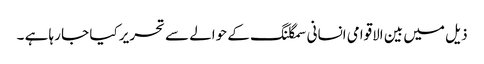
ذیل میں بین الاقوامی انسانی سمگلنگ کے حوالے سے تحریر کیا جا رہا ہے ۔